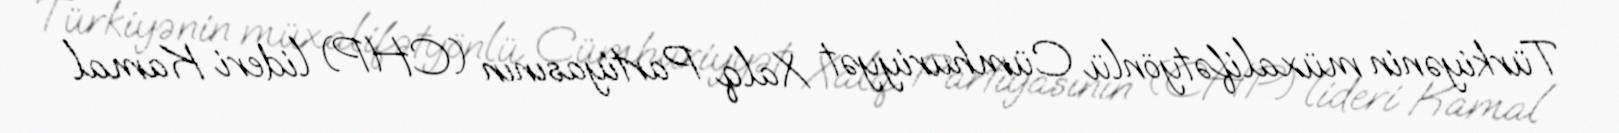
Türkiyənin müxalifətyönlü Cümhuriyyət Xalq Partiyasının (CHP) lideri Kamal